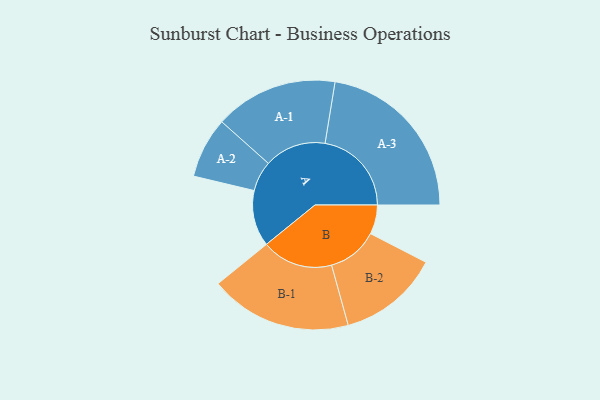
{"axis": {"x": "Segment", "y": "Value"}, "legend": ["", "A", "B"], "data": [{"x": "A", "y": 194, "type": ""}, {"x": "B", "y": 101, "type": ""}, {"x": "A-1", "y": 213, "type": "A"}, {"x": "A-2", "y": 105, "type": "A"}, {"x": "A-3", "y": 299, "type": "A"}, {"x": "B-1", "y": 246, "type": "B"}, {"x": "B-2", "y": 175, "type": "B"}]}